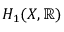
H _ { 1 } ( X , \mathbb { R } )